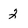
Character: 2